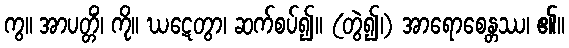
ကွ။ အာပတ္တိံ၊ ကို။ ဃဋေတွာ၊ ဆက်စပ်၍။ (တွဲ၍၊) အာရောစေန္တဿ၊ ၏။